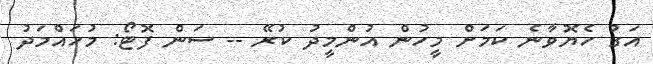
އަގު ހެޔޮވާނެ ކަމަށް މީހުން އުންމީދު ކުރޭ -- ސަން ފޮޓޯ: މުހައްމަދު